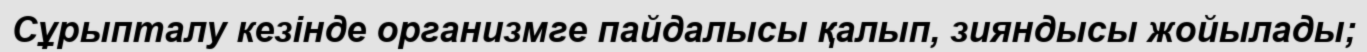
Сұрыпталу кезінде организмге пайдалысы қалып, зияндысы жойылады;